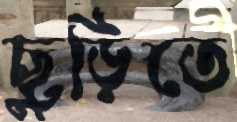
ছুড়িতে